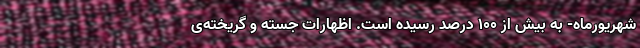
شهریورماه- به بیش از ۱۰۰ درصد رسیده است. اظهارات جسته و گریخته‌ی